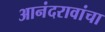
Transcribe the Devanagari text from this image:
आनंदरावांचा